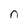
Character: n